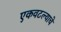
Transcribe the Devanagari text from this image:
एकवटल्याचे